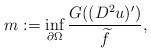
LaTeX: \begin{align*}m := \inf_{\partial \Omega} \frac{G ((D^2 u)')}{\widetilde{f}},\end{align*}